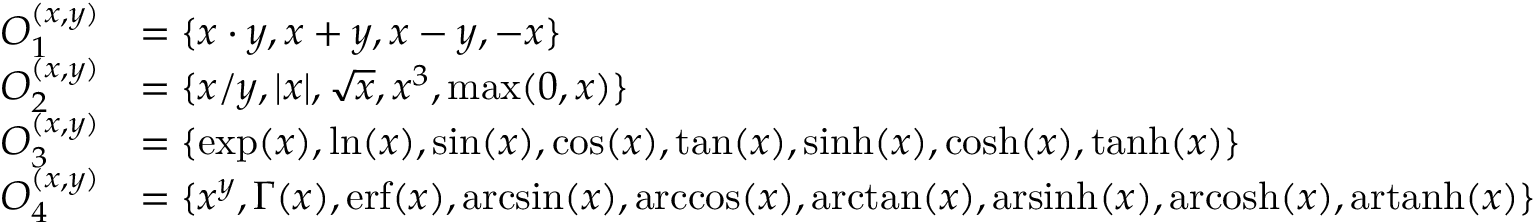
\begin{array} { r l } { O _ { 1 } ^ { ( x , y ) } } & { = \{ x \cdot y , x + y , x - y , - x \} } \\ { O _ { 2 } ^ { ( x , y ) } } & { = \{ x / y , \vert x \vert , \sqrt { x } , x ^ { 3 } , \operatorname* { m a x } ( 0 , x ) \} } \\ { O _ { 3 } ^ { ( x , y ) } } & { = \{ \exp ( x ) , \ln ( x ) , \sin ( x ) , \cos ( x ) , \tan ( x ) , \sinh ( x ) , \cosh ( x ) , \operatorname { t a n h } ( x ) \} } \\ { O _ { 4 } ^ { ( x , y ) } } & { = \{ x ^ { y } , \Gamma ( x ) , \mathrm { e r f } ( x ) , \arcsin ( x ) , \operatorname { a r c c o s } ( x ) , \arctan ( x ) , \mathrm { a r s i n h } ( x ) , \mathrm { a r c o s h } ( x ) , \mathrm { a r t a n h } ( x ) \} } \end{array}